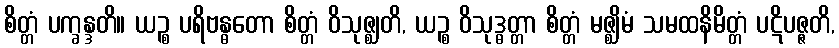
စိတ္တံ ပက္ခန္ဒတိ။ ယဉ္စ ပရိဗန္ဓတော စိတ္တံ ဝိသုဇ္ဈတိ, ယဉ္စ ဝိသုဒ္ဓတ္တာ စိတ္တံ မဇ္ဈိမံ သမထနိမိတ္တံ ပဋိပဇ္ဇတိ,